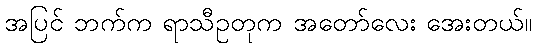
အပြင် ဘက်က ရာသီဥတုက အတော်လေး အေးတယ်။